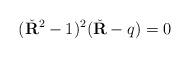
LaTeX: \begin{align*}(\check{\bf R }^2-1)^2(\check{\bf R }-q)=0\end{align*}